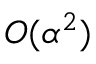
{ \cal O } ( \alpha ^ { 2 } )